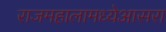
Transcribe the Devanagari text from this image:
राजमहालामध्येआसरा